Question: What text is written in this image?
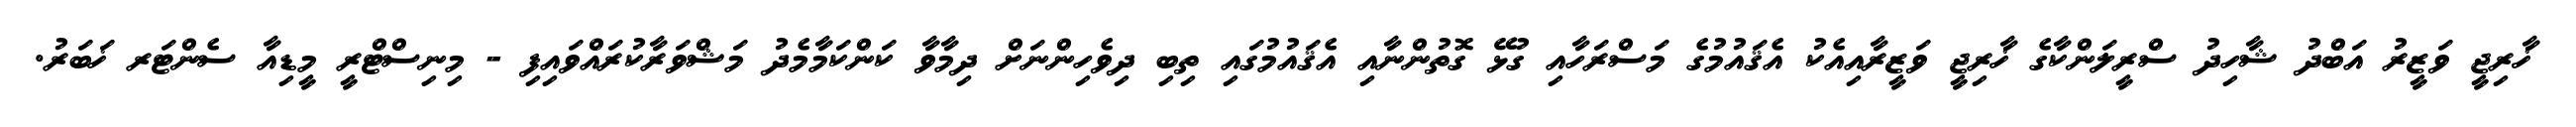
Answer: ޚާރިޖީ ވަޒީރު އަބްދު ޝާހިދު ސްރީލަންކާގެ ޚާރިޖީ ވަޒީރާއިއެކު އެޤައުމުގެ މަސްރަހާއި ގުޅޭ ގޮތުންނާއި އެޤައުމުގައި ތިބި ދިވެހިންނަށް ދިމާވާ ކަންކަމާމެދު މަޝްވަރާކުރައްވައިފި - މިނިސްޓްރީ މީޑިއާ ސެންޓަރ ޚަބަރު.